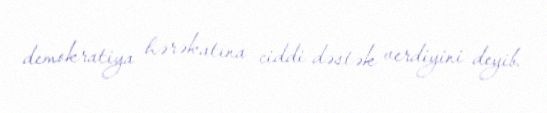
demokratiya hərəkatına ciddi dəstək verdiyini deyib.